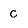
Character: c